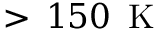
> \, 1 5 0 \, \mathrm { ~ K ~ }